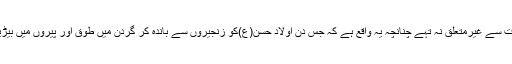
ظاھر ہے کہ حضرت امام جعفر صادق (ع)قلبي طور پر ان حضرات سے غيرمتعلق نہ تہے چنانچہ يہ واقع ہے کہ جس دن اولاد حسن(ع)کو زنجيروں سے باندہ کر گردن ميں طوق اور پيروں ميں بيڑياں پھنا کر بے کجا وہ اونٹوں پر سوار کرکے مدينہ سے نکالا گيا۔